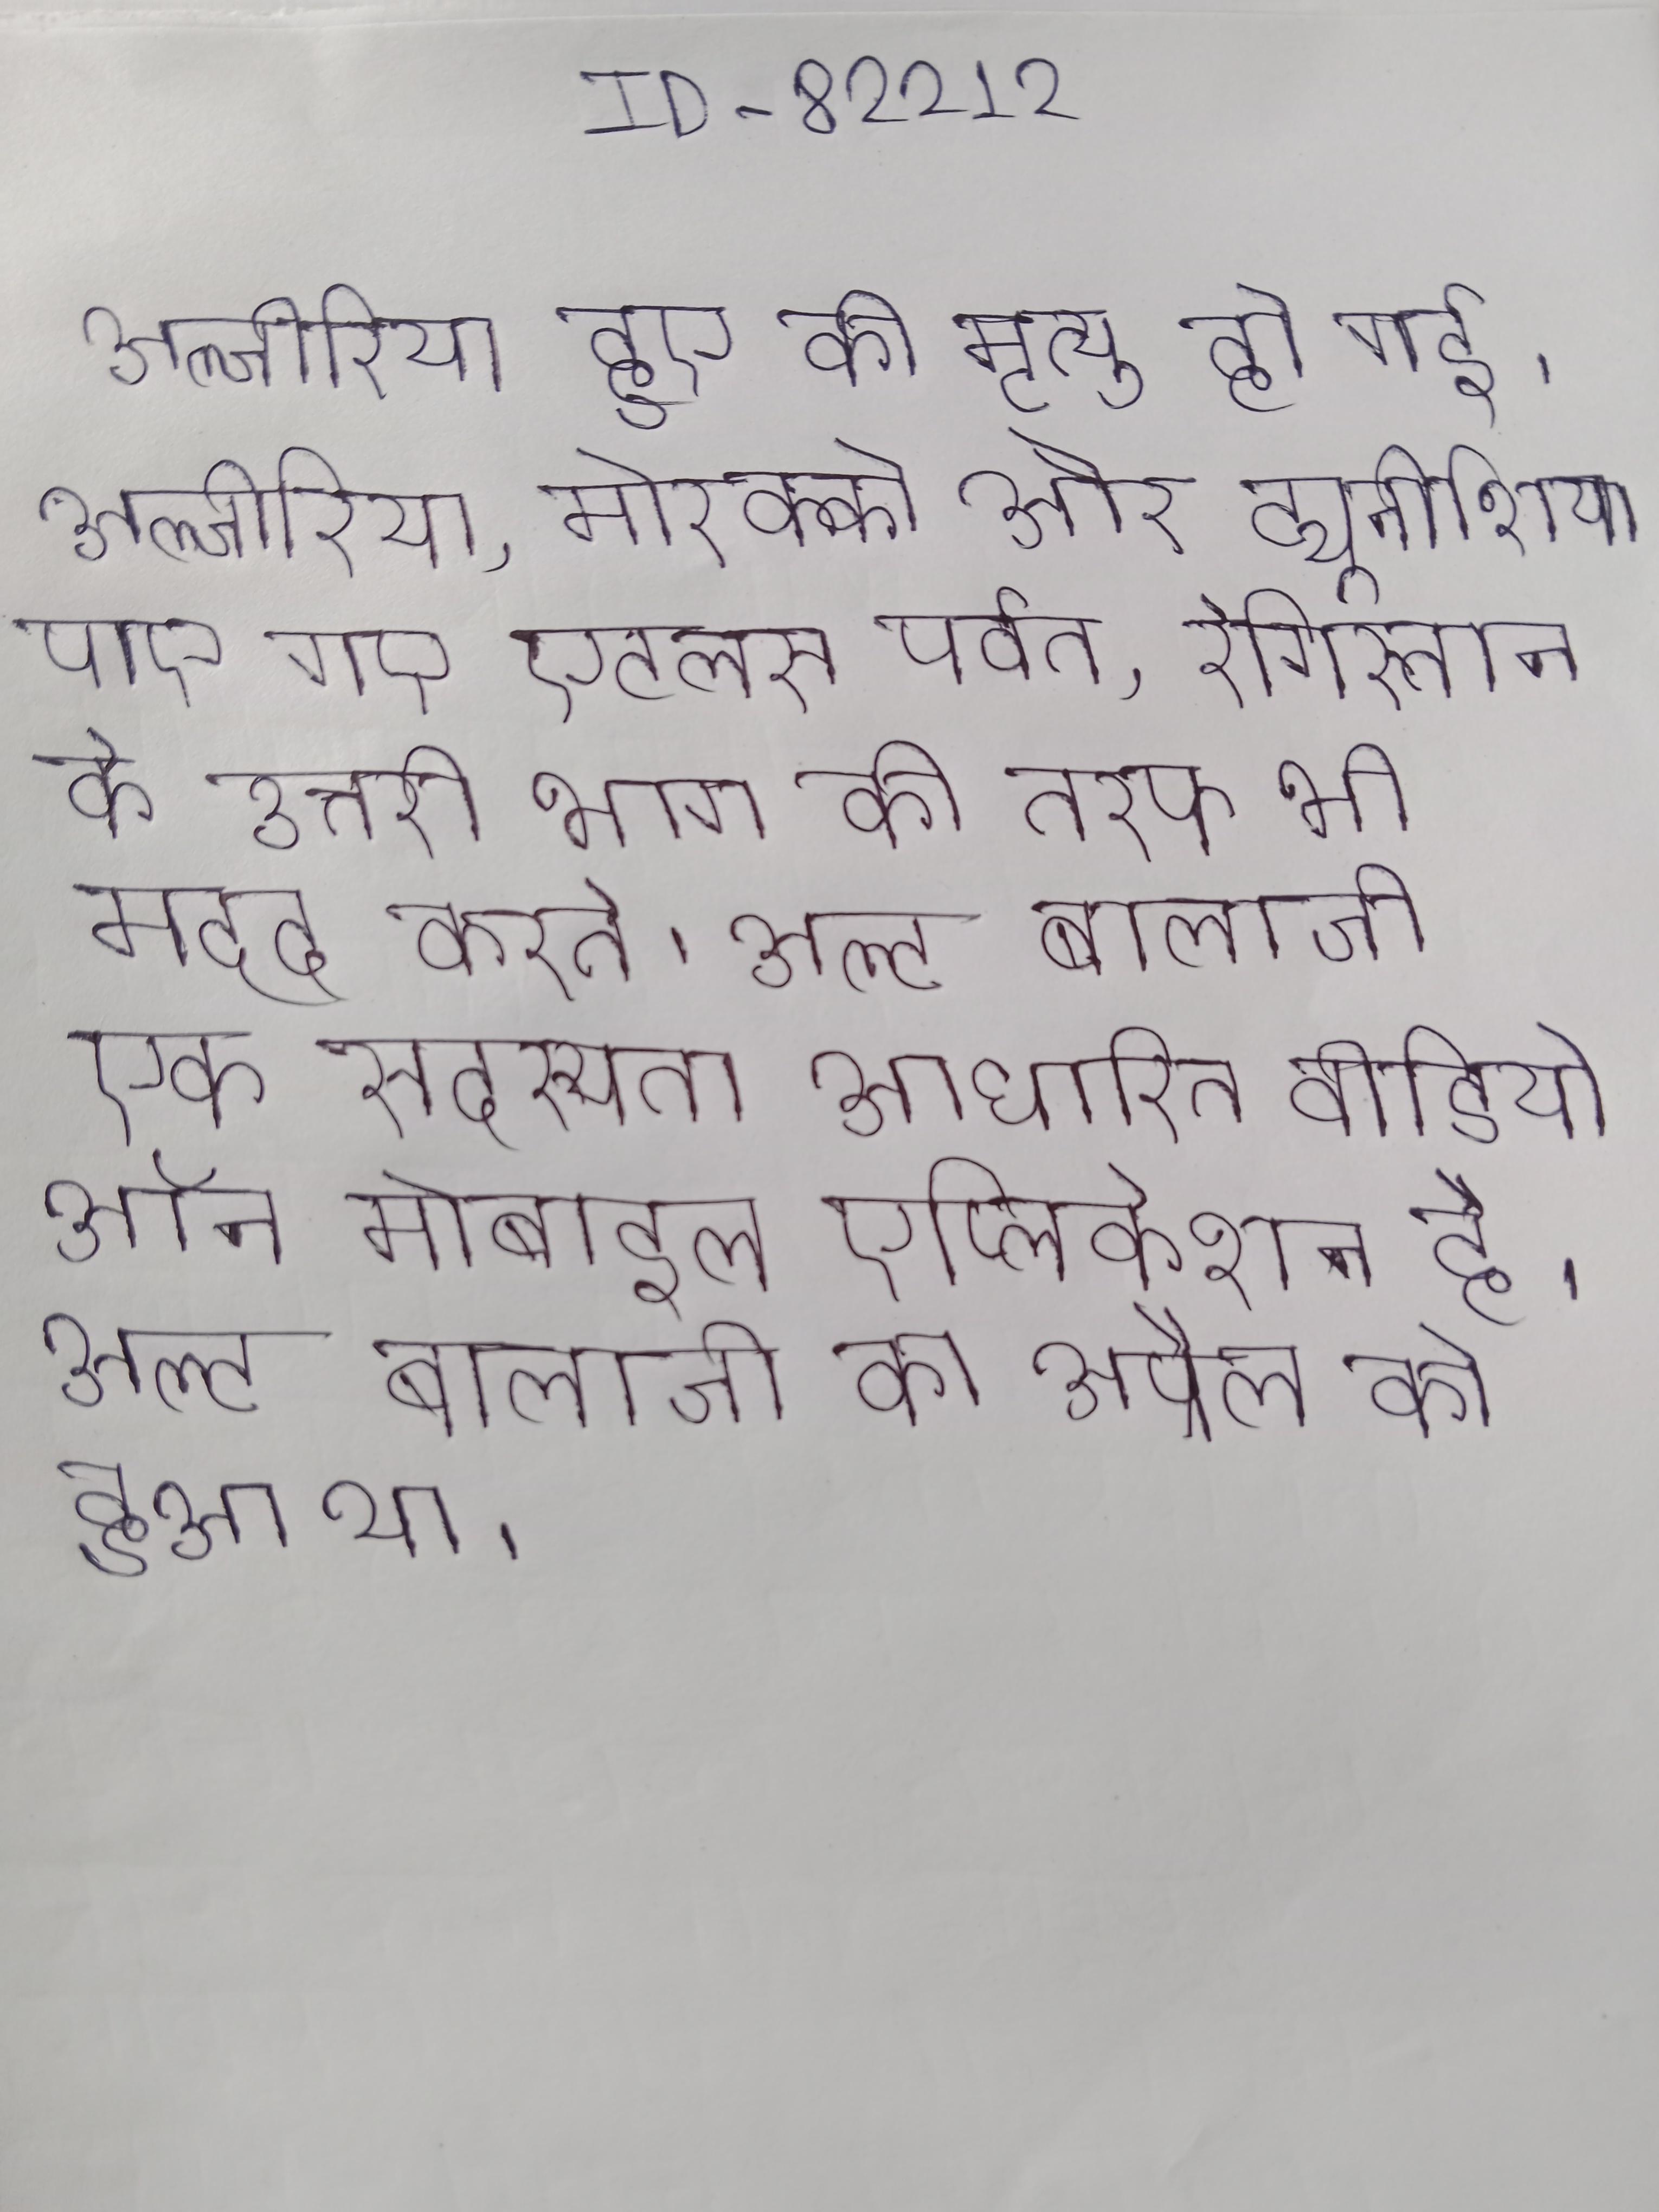
अल्जीरिया हुए की मृत्यु हो गई । अल्जीरिया, मोरक्को और ट्यूनीशिया पाए गए एटलस पर्वत, रेगिस्तान के उत्तरी भाग की तरफ भी मदद करते । अल्ट बालाजी एक सदस्यता आधारित वीडियो ऑन मोबाइल एप्लिकेशन है । अल्ट बालाजी का अप्रैल, को हुआ था ।